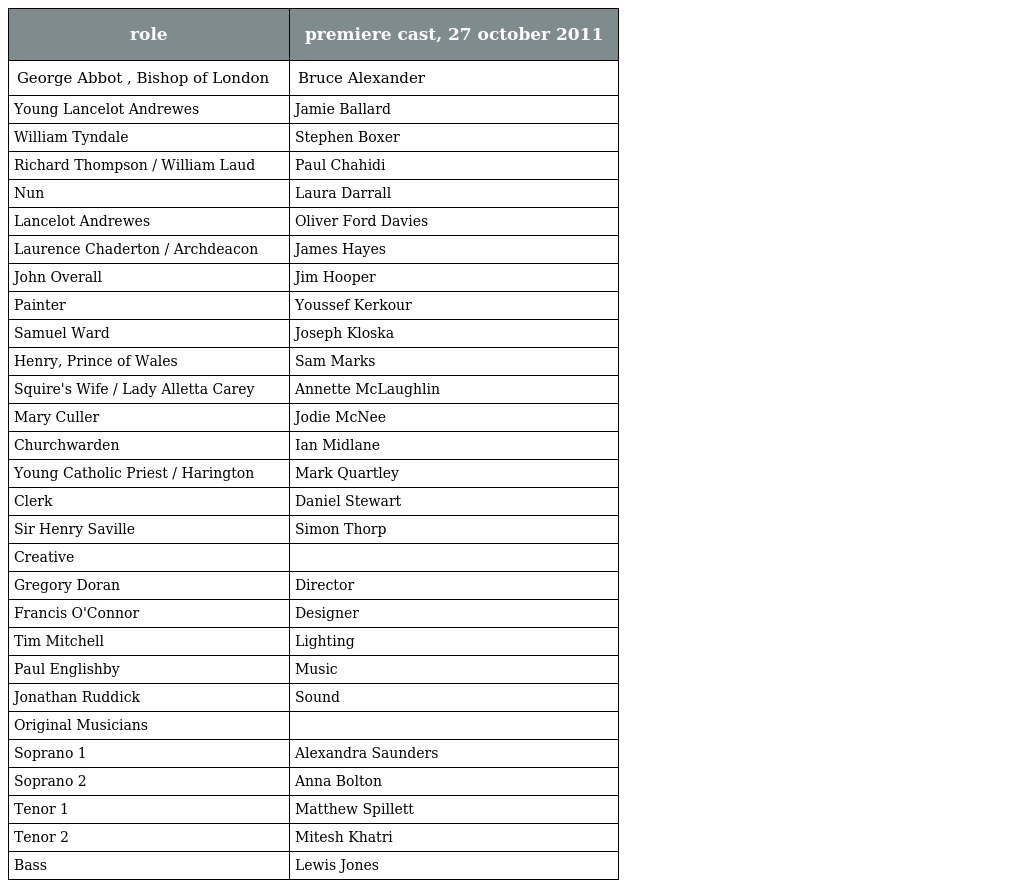
| role | premiere cast, 27 october 2011 |
 | --- | --- |
 | George Abbot , Bishop of London | Bruce Alexander |
 | Young Lancelot Andrewes | Jamie Ballard |
 | William Tyndale | Stephen Boxer |
 | Richard Thompson / William Laud | Paul Chahidi |
 | Nun | Laura Darrall |
 | Lancelot Andrewes | Oliver Ford Davies |
 | Laurence Chaderton / Archdeacon | James Hayes |
 | John Overall | Jim Hooper |
 | Painter | Youssef Kerkour |
 | Samuel Ward | Joseph Kloska |
 | Henry, Prince of Wales | Sam Marks |
 | Squire's Wife / Lady Alletta Carey | Annette McLaughlin |
 | Mary Culler | Jodie McNee |
 | Churchwarden | Ian Midlane |
 | Young Catholic Priest / Harington | Mark Quartley |
 | Clerk | Daniel Stewart |
 | Sir Henry Saville | Simon Thorp |
 | Creative |  |
 | Gregory Doran | Director |
 | Francis O'Connor | Designer |
 | Tim Mitchell | Lighting |
 | Paul Englishby | Music |
 | Jonathan Ruddick | Sound |
 | Original Musicians |  |
 | Soprano 1 | Alexandra Saunders |
 | Soprano 2 | Anna Bolton |
 | Tenor 1 | Matthew Spillett |
 | Tenor 2 | Mitesh Khatri |
 | Bass | Lewis Jones |